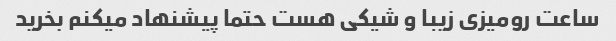
ساعت رومیزی زیبا و شیکی هست حتما پیشنهاد میکنم بخرید